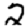
Digit: 2